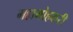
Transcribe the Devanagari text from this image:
महामोहकरी